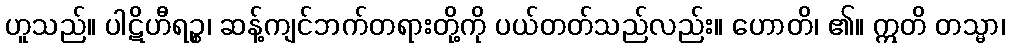
ဟူသည်။ ပါဋိဟီရဉ္စ၊ ဆန့်ကျင်ဘက်တရားတို့ကို ပယ်တတ်သည်လည်း။ ဟောတိ၊ ၏။ ဣတိ တသ္မာ၊